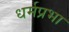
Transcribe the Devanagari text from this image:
धर्मप्रभा